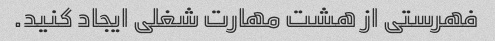
فهرستی از هشت مهارت شغلی ایجاد کنید.